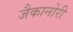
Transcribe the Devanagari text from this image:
जैकानोरी